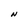
Character: N